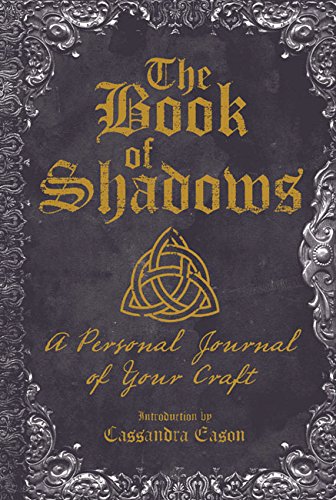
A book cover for The Book of Shadows: A Personal Journal of Your Craft; Religion & Spirituality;